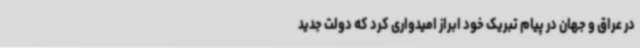
در عراق و جهان در پیام تبریک خود ابراز امیدواری کرد که دولت جدید